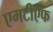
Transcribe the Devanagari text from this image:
एमटीएफ